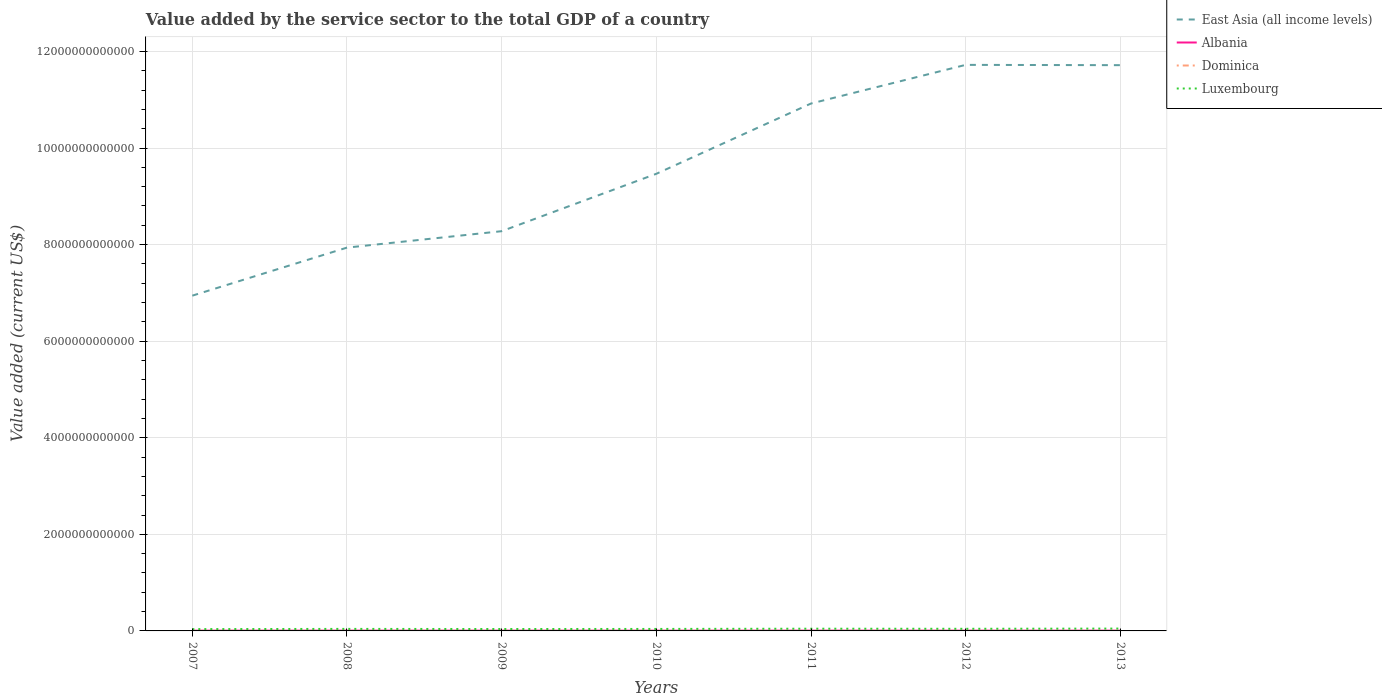
| Years | East Asia (all income levels) | Albania | Dominica | Luxembourg |
 | --- | --- | --- | --- | --- |
 | 2007 | 6.94e+12 | 5.05e+09 | 2.46e+08 | 3.75e+10 |
 | 2008 | 7.94e+12 | 5.76e+09 | 2.65e+08 | 4.19e+10 |
 | 2009 | 8.28e+12 | 5.46e+09 | 2.86e+08 | 3.93e+10 |
 | 2010 | 9.47e+12 | 5.25e+09 | 2.93e+08 | 4.1e+10 |
 | 2011 | 1.09e+13 | 5.71e+09 | 2.91e+08 | 4.59e+10 |
 | 2012 | 1.17e+13 | 5.54e+09 | 2.85e+08 | 4.39e+10 |
 | 2013 | 1.17e+13 | 5.7e+09 | 2.97e+08 | 4.88e+10 |